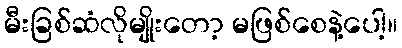
မီးခြစ်ဆံလိုမျိုးတော့ မဖြစ်စေနဲ့ပေါ့။